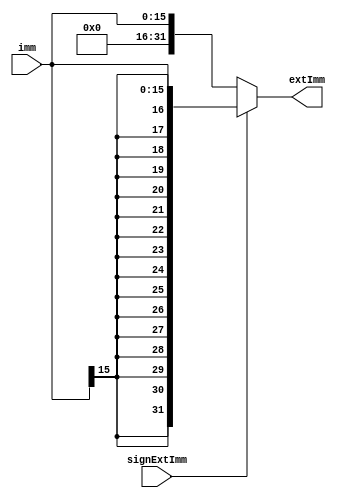
//-----------------------------------------------------------------------------
//  Module: Extender
//  Desc: handle extension for immediate field
//  Inputs Interface:
//    signExtImm: 1 for sign ext, 0 for zero ext
//    imm: immediate field
//  Output Interface:
//    extImm: extended immediate
//-----------------------------------------------------------------------------

module Extender(
               input signExtImm,
               input  [15:0] imm,
               output  [31:0] extImm
);
    assign extImm = (signExtImm == 1)? {{16{imm[15]}}, imm} : {16'b0, imm}; 
endmodule